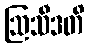
ဩသီဒတိ